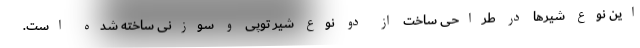
این نوع شیرها در طراحی ساخت از دو نوع شیر توپی و سوزنی ساخته شده است.